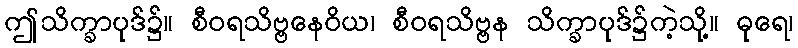
ဤသိက္ခာပုဒ်၌။ စီဝရသိဗ္ဗနေဝိယ၊ စီဝရသိဗ္ဗန သိက္ခာပုဒ်၌ကဲ့သို့။ ဓုရေ၊